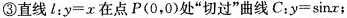
③直线l；y=x在点P(0，0)处”切过”曲线C：y=\sinx；